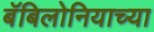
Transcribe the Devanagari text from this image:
बॅबिलोनियाच्या